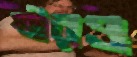
স্ত্রীরও